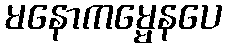
မနောကမ္မေနပေ